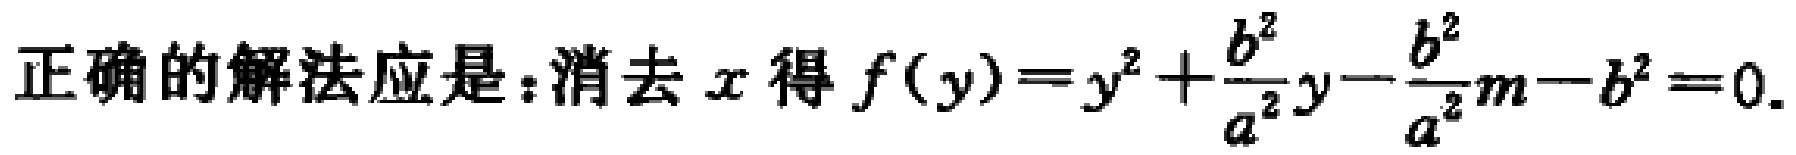
正确的解法应是：消去 \(x\) 得 \(f(y)=y^{2}+\frac{b^{2}}{a^{2}}y - \frac{b^{2}}{a^{2}}m - b^{2}=0\).